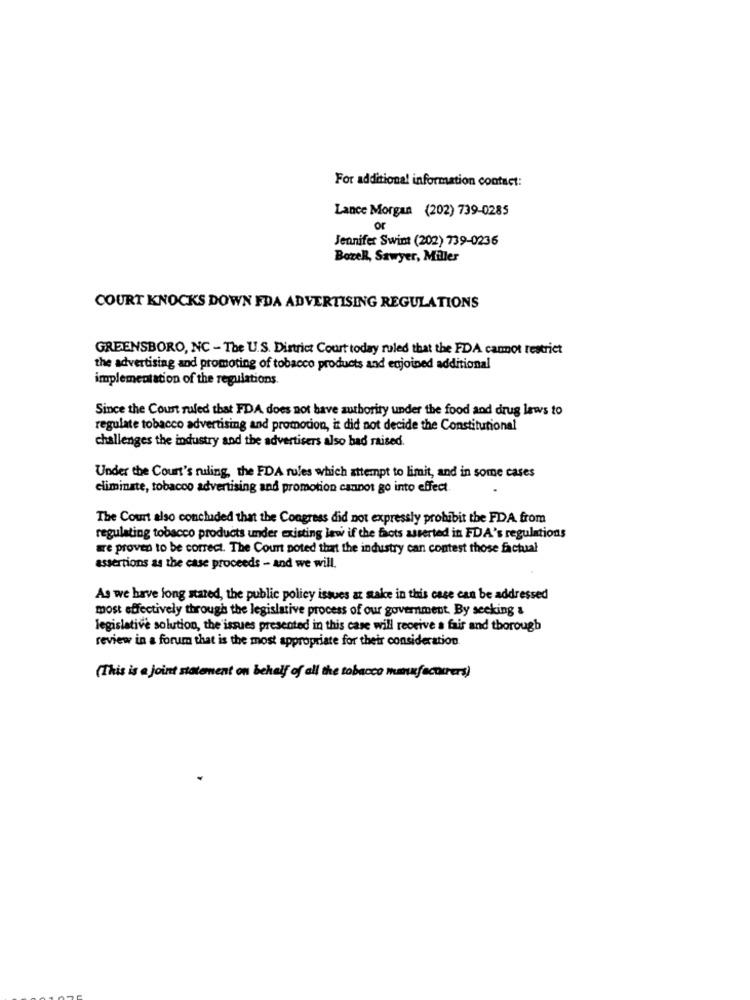
For additional information contact:
Lance Morgan (202) 739-0285
or
Jennifer Swint (202) 739-0236
BozeR, Sawyer, Miller
COURT KNOCKS DOWN FDA ADVERTISING REGULATIONS
GREENSBORO, NC - The U.S. District Court today ruled that the FDA cannot restrict
the advertising and promoting of tobacco products and enjoined additional
implementation of the regulations.
Since the Court ruled that FDA does not have authority under the food and drug laws to
regulate tobacco advertising and promotion, it did not decide the Constitutional
challenges the industry and the advertisers also had raised.
Under the Court's ruling, the FDA rules which attempt to limit, and in some cases
eliminate, tobacco advertising and promotion cannot go into effect
The Court also concluded that the Congress did not expressly prohibit the FDA from
regulating tobacco products under existing law if the facts asserted in FDA's regulations
are proven to be correct. The Court poted that the industry can contest those factual
assertions as the case proceeds - and we will.
As we have long stated, the public policy issues at stake in this case can be addressed
most effectively through the legislative process of our government. By seeking &
legislative solution, the issues presented in this case will receive a fair and thorough
review in a forum that is the most appropriate for their consideration
(This is a joint statement on behalf of all the tobacco manufacturers)